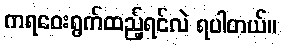
ကရဝေးရွက်ထည့်ရင်လဲ ရပါတယ်။